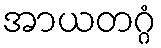
အာယတဂ္ဂံ